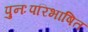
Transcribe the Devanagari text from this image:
पुनःपरिभाषित